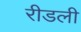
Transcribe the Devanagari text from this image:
रीडली